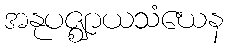
အနုပဇ္ဈာယသံဃေန